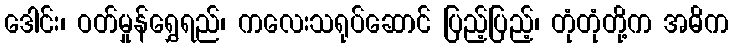
ဒေါင်း၊ ဝတ်မှုန်ရွှေရည်၊ ကလေးသရုပ်ဆောင် ပြည့်ပြည့်၊ တုံတုံတို့က အဓိက